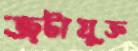
জটাযুক্ত